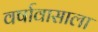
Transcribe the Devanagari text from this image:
वर्षावासाला